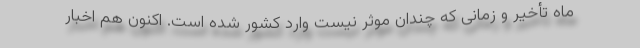
ماه تأخیر و زمانی که چندان موثر نیست وارد کشور شده است. اکنون هم اخبار